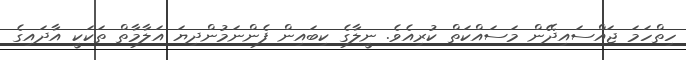
ހިތްހަމަ ޖައްސައިދޭން މަސައްކަތް ކުރިއެވެ. ނީލާގެ ކިބައިން ފެންނަމުންދިޔަ އަލާމާތް ތަކަކީ އާދައިގެ